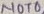
Text: NOT0